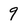
Character: q